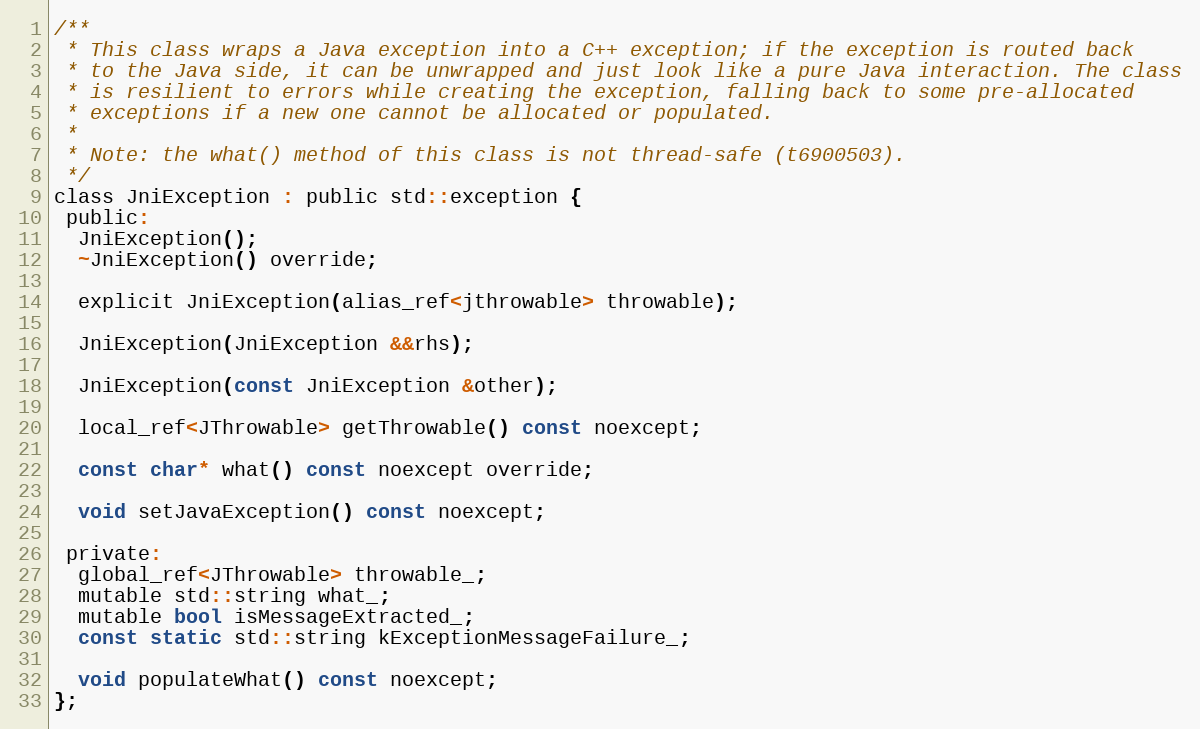
Language: C
/**
 * This class wraps a Java exception into a C++ exception; if the exception is routed back
 * to the Java side, it can be unwrapped and just look like a pure Java interaction. The class
 * is resilient to errors while creating the exception, falling back to some pre-allocated
 * exceptions if a new one cannot be allocated or populated.
 *
 * Note: the what() method of this class is not thread-safe (t6900503).
 */
class JniException : public std::exception {
 public:
  JniException();
  ~JniException() override;

  explicit JniException(alias_ref<jthrowable> throwable);

  JniException(JniException &&rhs);

  JniException(const JniException &other);

  local_ref<JThrowable> getThrowable() const noexcept;

  const char* what() const noexcept override;

  void setJavaException() const noexcept;

 private:
  global_ref<JThrowable> throwable_;
  mutable std::string what_;
  mutable bool isMessageExtracted_;
  const static std::string kExceptionMessageFailure_;

  void populateWhat() const noexcept;
};